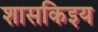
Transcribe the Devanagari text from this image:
शासकिइय